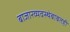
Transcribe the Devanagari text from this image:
बाजारव्यवस्थेबाबतही